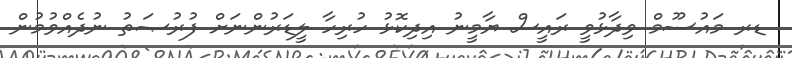
ޑރ މައުސޫމް ވިދާޅުވީ ރައީސް ޔާމީނު އިދިކޮޅު ހުރިހާ ލީޑަރުންނަށް ފުރުޞަތު ނުދެއްވުމުން